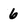
Character: 6